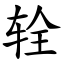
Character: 辁